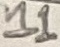
Text: 11